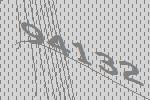
94132